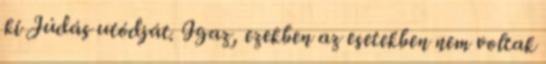
ki Júdás utódját. Igaz, ezekben az esetekben nem voltak